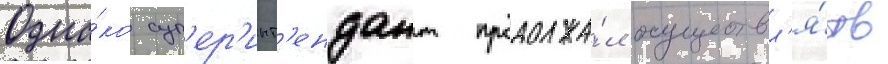
Одна́ко суп'ер'инт'ендант продолжа́л осуществл'я́ть